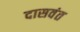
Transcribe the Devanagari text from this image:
दासवंत